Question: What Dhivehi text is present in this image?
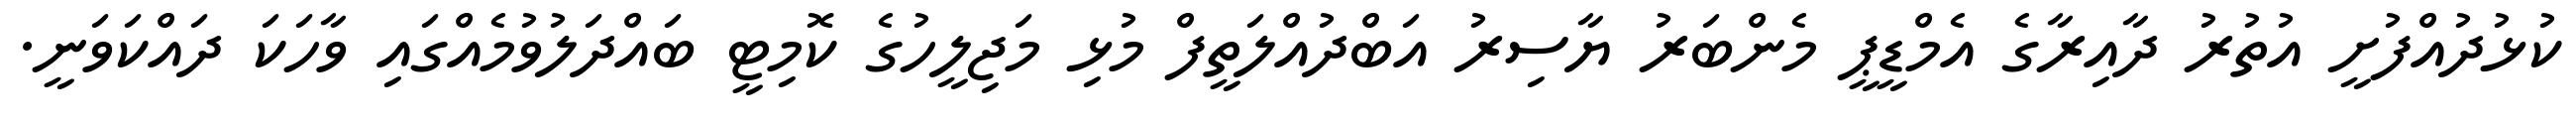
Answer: ކުޅުދުއްފުށީ އުތުރު ދާއިރާގެ އެމްޑީޕީ މެންބަރު ޔާސިރު އަބްދުއްލަތީފް މުޅި މަޖިލީހުގެ ކޮމިޓީ ބައްދަލުވުމެއްގައި ވާހަކަ ދައްކަވަނީ.